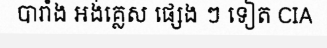
បារាំង អង់គ្លេស ផ្សេង ៗ ទៀត CIA